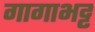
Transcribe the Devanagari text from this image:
गागाभट्ट